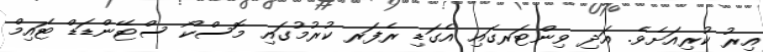
އިރު ކުރިއަށެވެ. އަދި ވިންޓަރގައި އެގަޑި ރެފަރ ކުރުމުގައި މޮސްކޯ ސްޓޭންޑަޑް ޓައިމް